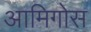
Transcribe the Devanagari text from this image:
आमिगोस